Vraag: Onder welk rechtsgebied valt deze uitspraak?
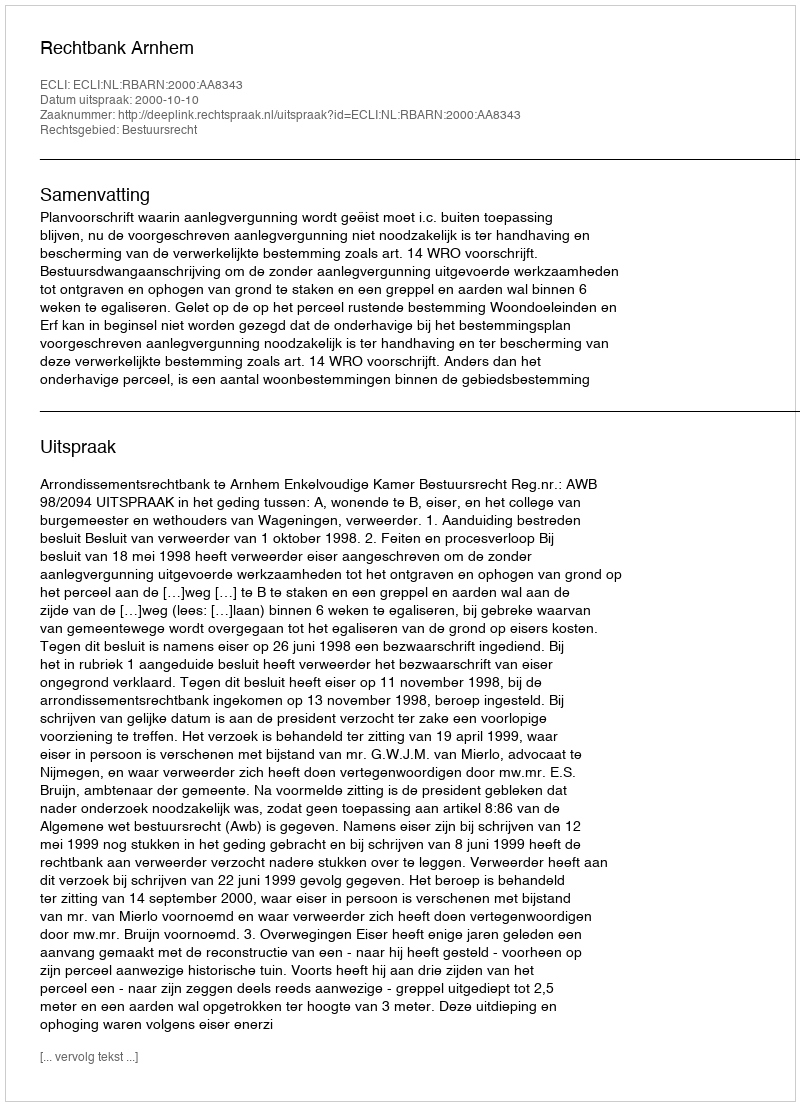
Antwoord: Bestuursrecht